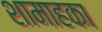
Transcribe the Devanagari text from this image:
शामाहका